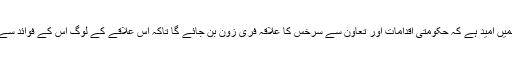
انہوں نے کہا کہ ہمیں امید ہے کہ حکومتی اقدامات اور تعاون سے سرخس کا علاقہ فری زون بن جائے گا تاکہ اس علاقے کے لوگ اس کے فوائد سے استفادہ کرسکیں ۔